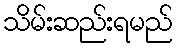
သိမ်းဆည်းရမည်